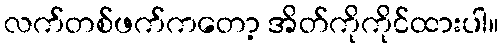
လက်တစ်ဖက်ကတော့ အိတ်ကိုကိုင်ထားပါ။